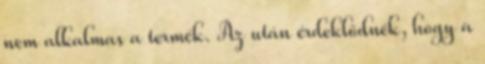
nem alkalmas a termék. Az után érdeklődnék, hogy a